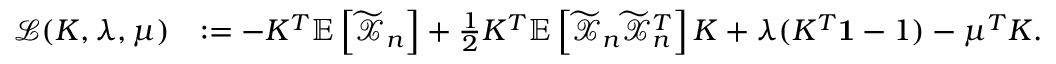
\begin{array} { r l } { \mathcal { L } ( K , \lambda , \mu ) } & { : = - K ^ { T } \mathbb { E } \left[ \widetilde { \mathcal { X } } _ { n } \right] + \frac { 1 } { 2 } K ^ { T } \mathbb { E } \left[ \widetilde { \mathcal { X } } _ { n } \widetilde { \mathcal { X } } _ { n } ^ { T } \right] K + \lambda ( K ^ { T } \mathbf { 1 } - 1 ) - \mu ^ { T } K . } \end{array}